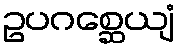
ဥပဂစ္ဆေယျံ